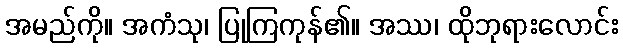
အမည်ကို။ အကံသု၊ ပြုကြကုန်၏။ အဿ၊ ထိုဘုရားလောင်း